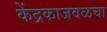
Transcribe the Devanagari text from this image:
केंद्रकाजवळचा